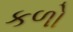
કળો